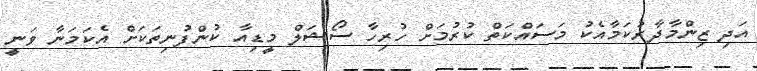
އަދި ޒިންމާދާރުކަމާއެކު މަސައްކަތް ކުރުމަށް ހުރިހާ ސޯޝަލް މީޑިއާ ކުންފުނިތަކަށް އެކަމަނާ ވަނީ